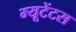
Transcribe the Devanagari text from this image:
म्यूटेंटस